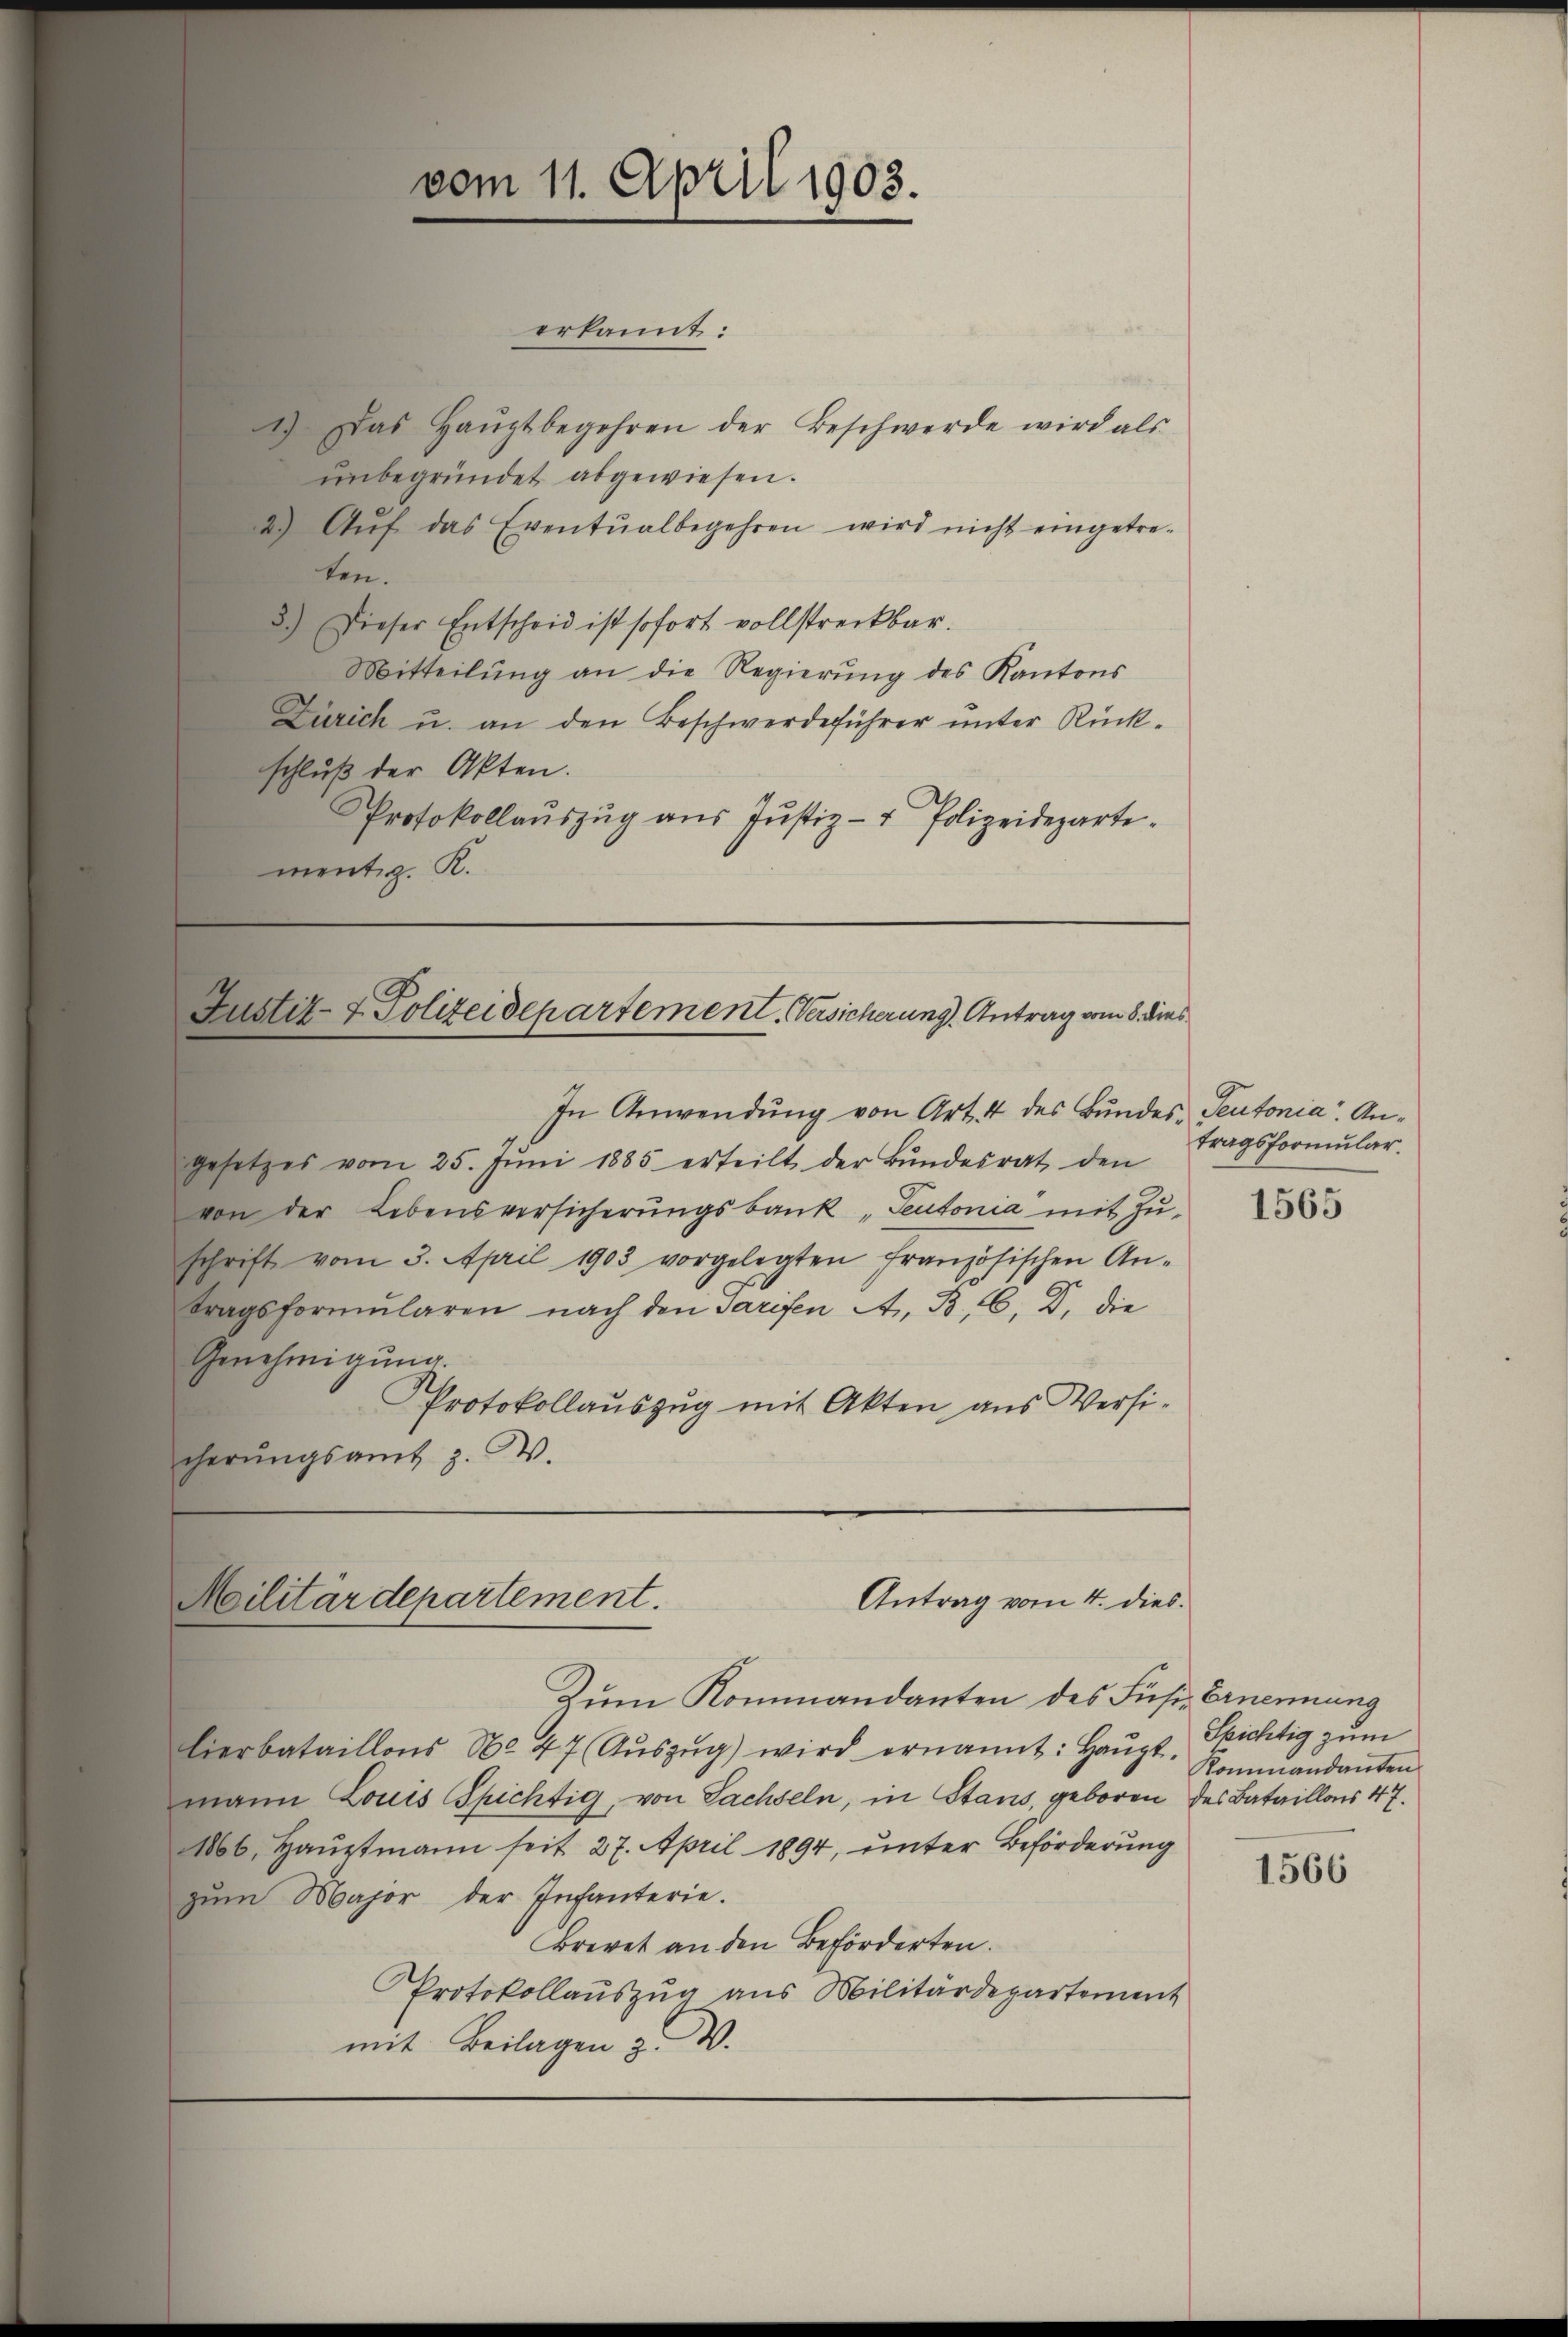
erkannt:
1.) Das Haŭptbegehren der Beschwerde wird als
unbegründet abgewiesen.
d Aŭf das Eventŭalbegehren wird nicht eingetre-
ten.
8.) Dieser Entscheid ist sofort vollstreckbar.
Mitteilŭng an die Regierŭng des Kantons
Zürich u. an den Beschwerdeführer unter Rück-
schluß der Akten.
Protokollaŭszŭg aŭs Jŭstiz- & Polizeideparte.
mentiz. R.

vom 11. April 1903.

In Anwendung von Art. 4 des Bundes Teutonia. An¬
Gesetzes vom 25. Jŭni 1885 erteilt der Bŭndesrat den
von der Lebensversicherungsbank „Seutonia mit Zuschrift vom 3. April 1903 vorgelegten französischen An-
tragsformŭlaren nach den Tarifen A. B. 6. Dr. die
Genehmigung.
Protokollauszug mit Akten aus Versicherŭngsamt z. B.

Zum Kommandanten des Fusiz Ernennung
lierbataillons No. 47 Aŭszŭg) wird ernannt: Haŭpt Sichtig zum
mann Louis Spichtig, von Sachseln, in Stans, geboren des Bataillais 47.
Mob, Hauptmann seit 27. April 1894, unter Beförderung
zum Major der Infanterie.
Brevet an den Beförderten.
Protokollaŭszŭg ans Militärdepartement
mit Beilagen z. W.

astiz- & Polizeidepartement. Versicherung Antrag vom 8. dies

Antrag vom 4. dies
Militärdepartement.

tragsformular.

1565

Kommandanten

1566